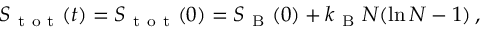
\begin{array} { r } { S _ { \mathrm { ~ t ~ o ~ t ~ } } ( t ) = S _ { \mathrm { ~ t ~ o ~ t ~ } } ( 0 ) = S _ { \mathrm { ~ B ~ } } ( 0 ) + k _ { \mathrm { ~ B ~ } } N ( \ln N - 1 ) \, , } \end{array}